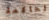
الحاكمة